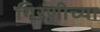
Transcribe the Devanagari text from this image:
गिरणीच्या